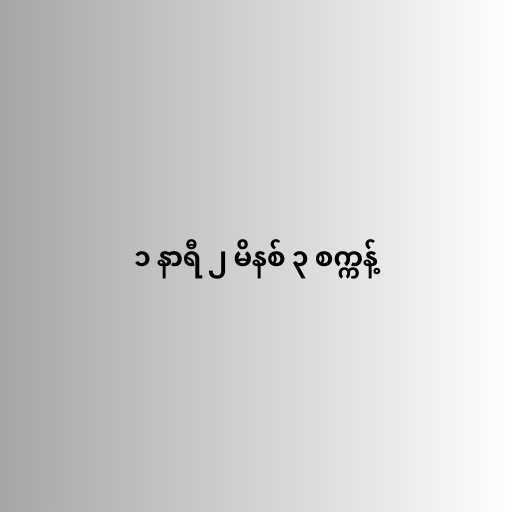
၁ နာရီ ၂ မိနစ် ၃ စက္ကန့်